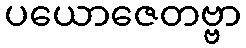
ပယောဇေတဗ္ဗာ